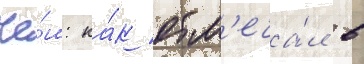
че́м: ка́к отм'еча́л в